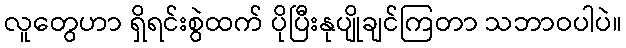
လူတွေဟာ ရှိရင်းစွဲထက် ပိုပြီးနုပျိုချင်ကြတာ သဘာဝပါပဲ။